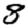
Digit: 8